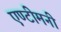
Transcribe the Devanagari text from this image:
एण्टीमनी